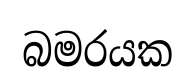
බමරයක